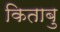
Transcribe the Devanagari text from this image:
किताबु